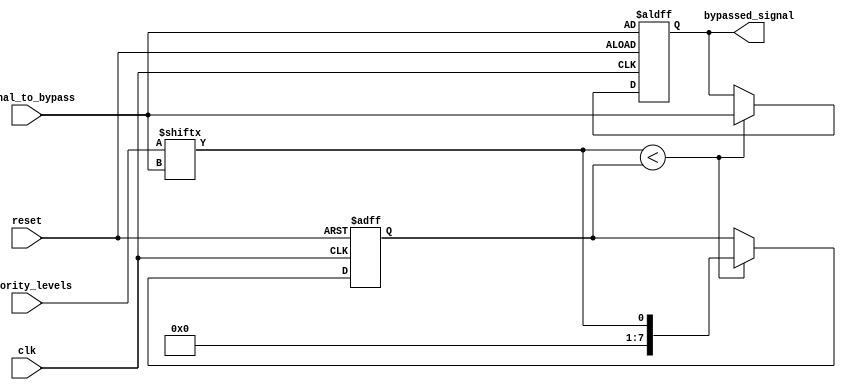
module priority_bypass_register (
    input wire clk,
    input wire reset,
    input wire [7:0] priority_levels,
    input wire [7:0] signal_to_bypass,
    output reg [7:0] bypassed_signal
);

reg [7:0] current_priority_level;

always @(posedge clk or posedge reset) begin
    if (reset) begin
        current_priority_level <= 8'b0;
        bypassed_signal <= signal_to_bypass;
    end else begin
        if (priority_levels[signal_to_bypass] < current_priority_level) begin
            bypassed_signal <= signal_to_bypass;
            current_priority_level <= priority_levels[signal_to_bypass];
        end
    end
end

endmodule